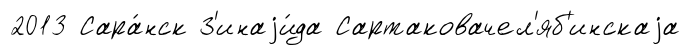
2013 Сара́нск З'инаjи́да Сартаковачел'яб'инскаjа